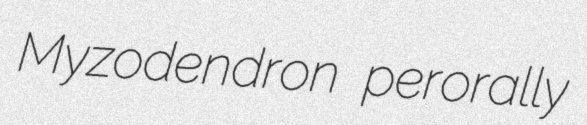
Myzodendron perorally